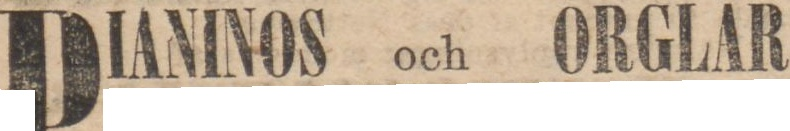
PIANINOS och ORGLAR